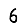
Digit: 6